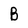
Character: B